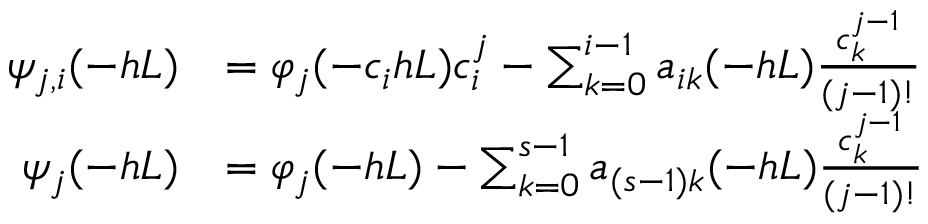
\begin{array} { r l } { \psi _ { j , i } ( - h L ) } & { = \varphi _ { j } ( - c _ { i } h L ) c _ { i } ^ { j } - \sum _ { k = 0 } ^ { i - 1 } a _ { i k } ( - h L ) \frac { c _ { k } ^ { j - 1 } } { ( j - 1 ) ! } } \\ { \psi _ { j } ( - h L ) } & { = \varphi _ { j } ( - h L ) - \sum _ { k = 0 } ^ { s - 1 } a _ { ( s - 1 ) k } ( - h L ) \frac { c _ { k } ^ { j - 1 } } { ( j - 1 ) ! } } \end{array}